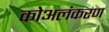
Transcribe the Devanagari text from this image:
कोअलंकरण